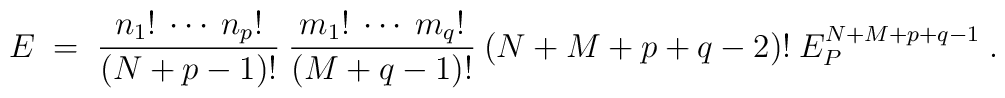
E \;=\; \frac{n_1! \:\cdots\: n_p!}{(N+p-1)!} \:\frac{m_1! \:\cdots\: m_q!}{(M+q-1)!} \: (N+M+p+q-2)! \:E_P^{N+M+p+q-1}\;.